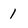
Character: 1